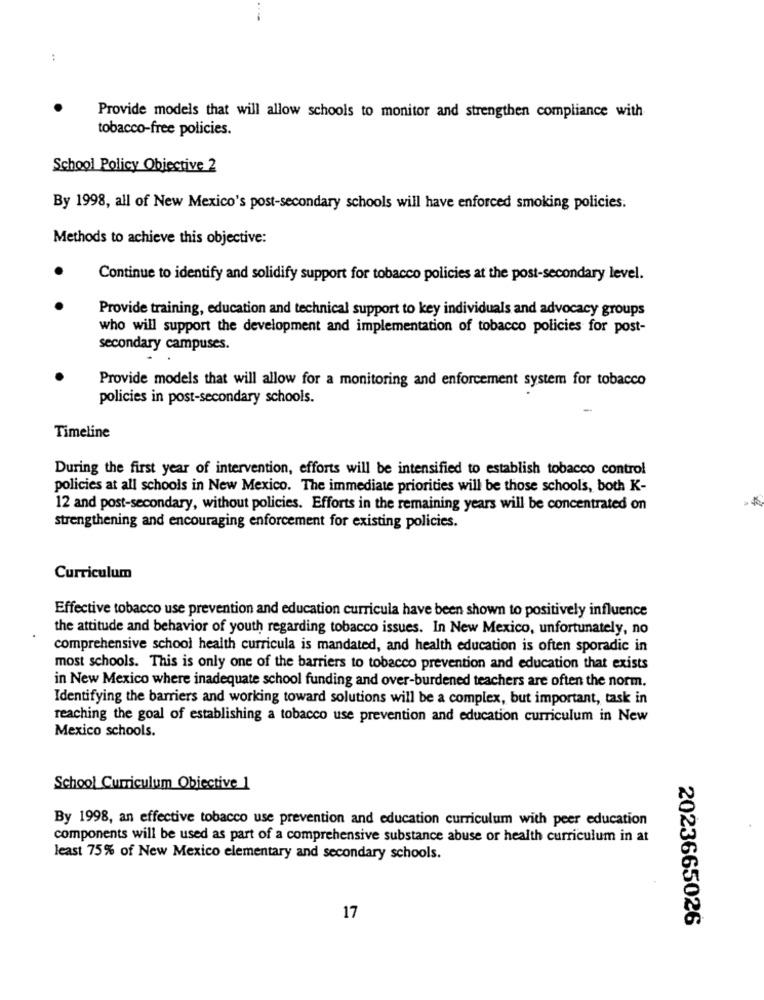
:
Provide models that will allow schools to monitor and strengthen compliance with
tobacco-free policies.
School Policy Objective 2
By 1998, all of New Mexico's post-secondary schools will have enforced smoking policies.
Methods to achieve this objective:
Continue to identify and solidify support for tobacco policies at the post-secondary level.
Provide training, education and technical support to key individuals and advocacy groups
who will support the development and implementation of tobacco policies for post-
secondary campuses.
Provide models that will allow for a monitoring and enforcement system for tobacco
policies in post-secondary schools.
Timeline
During the first year of intervention, efforts will be intensified to establish tobacco control
policies at all schools in New Mexico. The immediate priorities will be those schools, both K-
12 and post-secondary, without policies. Efforts in the remaining years will be concentrated on
strengthening and encouraging enforcement for existing policies.
Curriculum
Effective tobacco use prevention and education curricula have been shown to positively influence
the attitude and behavior of youth regarding tobacco issues. In New Mexico, unfortunately, no
comprehensive school health curricula is mandated, and health education is often sporadic in
most schools. This is only one of the barriers to tobacco prevention and education that exists
in New Mexico where inadequate school funding and over-burdened teachers are often the norm.
Identifying the barriers and working toward solutions will be a complex, but important, task in
reaching the goal of establishing a tobacco use prevention and education curriculum in New
Mexico schools.
School Curriculum Objective 1
By 1998, an effective tobacco use prevention and education curriculum with peer education
components will be used as part of a comprehensive substance abuse or health curriculum in at
least 75% of New Mexico elementary and secondary schools.
17
2023665026